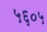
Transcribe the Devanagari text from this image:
५६०५